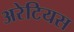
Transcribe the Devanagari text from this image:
अरेटियस